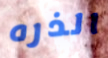
الذره